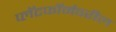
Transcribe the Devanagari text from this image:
प्लॅटफॉर्मवरील